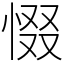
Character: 惙